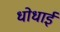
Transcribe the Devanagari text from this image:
धोधाई